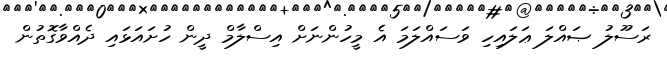
ރަސޫލު ޞައްލަ ޢަލައިހި ވަސައްލަމަ އެ މީހުންނަށް އިސްލާމް ދީން ހުށައަޅައި ދެއްވާގޮތުން